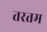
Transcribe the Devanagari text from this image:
तरतम